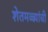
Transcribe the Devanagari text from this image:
शेतमळ्य़ांची